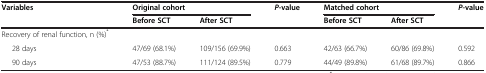
| <ROWSPAN=2> Variables | <COLSPAN=2> Original cohort | <ROWSPAN=2> P-value | <COLSPAN=2> Matched cohort | <ROWSPAN=2> P-value |
 | Before SCT | After SCT | Before SCT | After SCT |
 | --- | --- | --- | --- | --- | --- | --- |
 | Recovery of renal function, n (%)* |  |  |  |  |  |  |
 | 28 days | 47/69 (68.1%) | 109/156 (69.9%) | 0.663 | 42/63 (66.7%) | 60/86 (69.8%) | 0.592 |
 | 90 days | 47/53 (88.7%) | 111/124 (89.5%) | 0.779 | 44/49 (89.8%) | 61/68 (89.7%) | 0.866 |